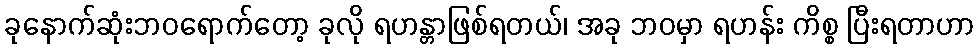
ခုနောက်ဆုံးဘဝရောက်တော့ ခုလို ရဟန္တာဖြစ်ရတယ်၊ အခု ဘဝမှာ ရဟန်း ကိစ္စ ပြီးရတာဟာ